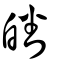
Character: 皤